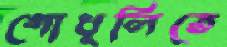
গোধূলিতে